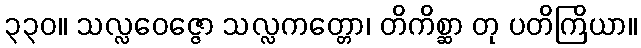
၃၃၀။ သလ္လဝေဇ္ဇော သလ္လကတ္တော၊ တိကိစ္ဆာ တု ပတိကြိယာ။